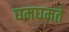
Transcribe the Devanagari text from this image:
घमघमते